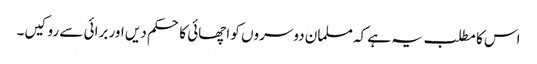
اس کا مطلب یہ ہے کہ مسلمان دوسروں کو اچھائی کا حکم دیں اور برائی سے روکیں۔